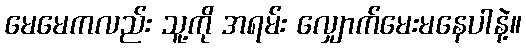
မေမေကလည်း သူ့ကို အရမ်း လျှောက်မေးမနေပါနဲ့။